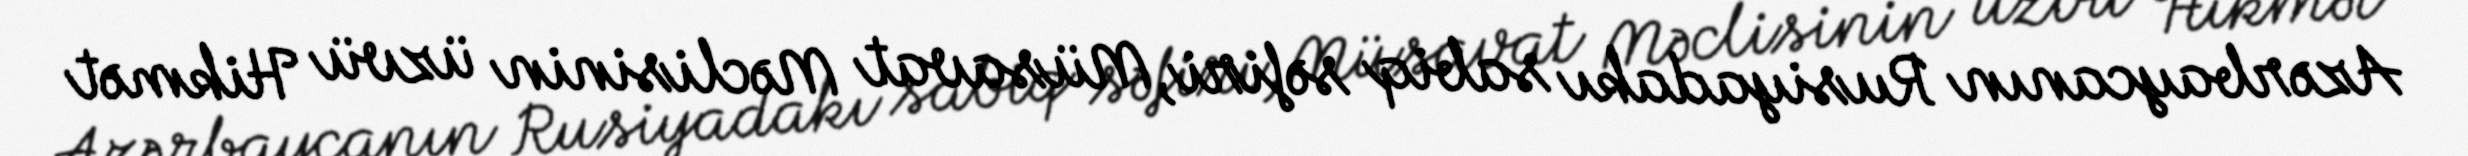
Azərbaycanın Rusiyadakı sabiq səfiri, Müsavat Məclisinin üzvü Hikmət